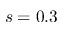
s = 0 . 3